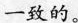
一致的。